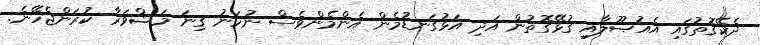
ދެކޭގޮތުގައި އެއުޞޫލާއި ގުޅޭގޮތުން އަދި އަޅުގަނޑުމެން އެންމެންވެސް ނުހަނު ގިނަ މަޝްވަރާ ކުރަންޖެހޭނެ.